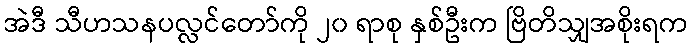
အဲဒီ သီဟသနပလ္လင်တော်ကို ၂၀ ရာစု နှစ်ဦးက ဗြိတိသျှအစိုးရက